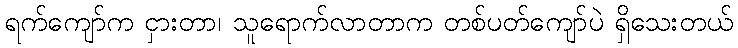
ရက်ကျော်က ငှားတာ၊ သူရောက်လာတာက တစ်ပတ်ကျော်ပဲ ရှိသေးတယ်